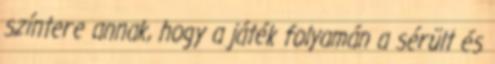
színtere annak, hogy a játék folyamán a sérült és